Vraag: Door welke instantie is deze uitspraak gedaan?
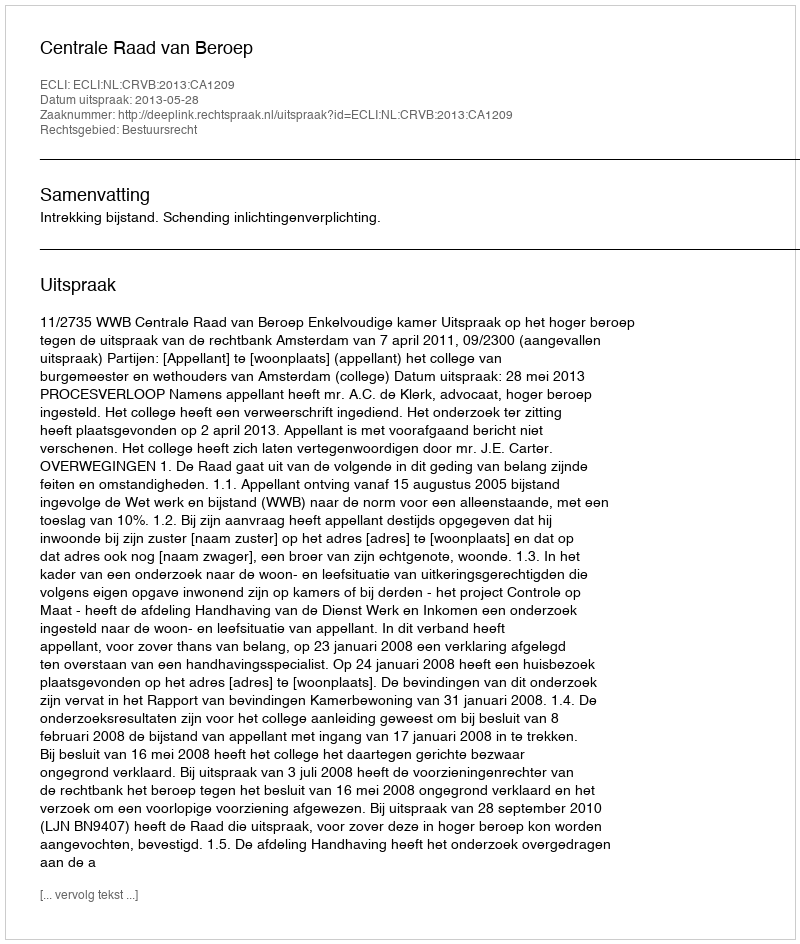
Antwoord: Centrale Raad van Beroep